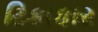
ટિકાકાર